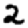
Digit: 2